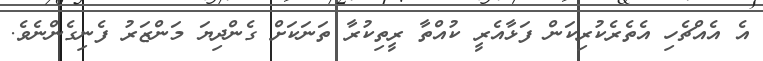
އެ އެއްޗެހި އެތެރެކުރިކަން ފަޅާއެރީ ކުއްތާ ރީތިކުރާ ތަނަކަށް ގެންދިޔަ މަންޒަރު ފެނިގެންނެވެ.